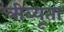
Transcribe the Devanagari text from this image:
त्रीब्यूता